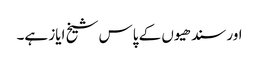
اور سندھیوں کے پاس شیخ ایاز ہے۔